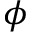
\phi